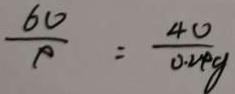
\frac { 6 0 } { 9 } = \frac { 4 0 } { 0 . 2 4 g }